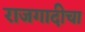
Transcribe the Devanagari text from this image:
राजगादीचा